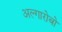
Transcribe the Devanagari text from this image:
अल्गारोबो